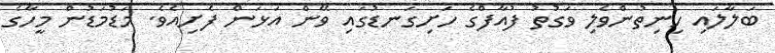
ބަލާލައި ހިނިތުންވެލި ވަގުތު ފުއާފްގެ ހަށިގަނޑުގައި ވޭން އަޅަން ފެށިއެވެ. މަޑުމަޑުން މީހާގެ